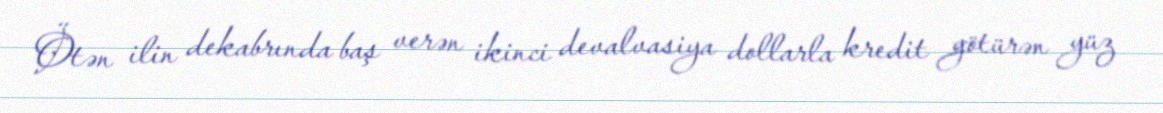
Ötən ilin dekabrında baş verən ikinci devalvasiya dollarla kredit götürən yüz